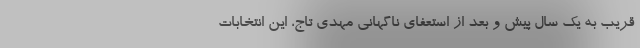
قریب به یک سال پیش و بعد از استعفای ناگهانی مهدی تاج، این انتخابات